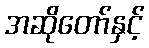
အဆိုတော်နှင့်